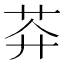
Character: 𱽙